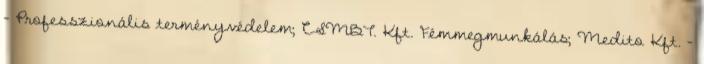
– Professzionális terményvédelem; CSMBT. Kft. Fémmegmunkálás; Medito Kft. –